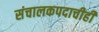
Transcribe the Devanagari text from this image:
संचालकपदाचीही